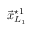
\vec { x } _ { L _ { 1 } } ^ { \star 1 }